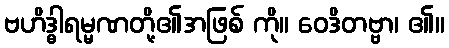
ဗဟိဒ္ဓါရမ္မဏတို့၏အဖြစ် ကို။ ဝေဒိတဗ္ဗာ၊ ၏။